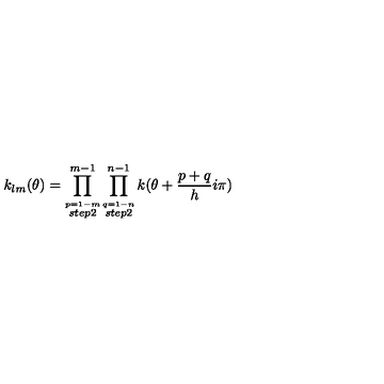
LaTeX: k _ { l m } ( \theta ) = \prod _ { \stackrel { p = 1 - m } { s t e p 2 } } ^ { m - 1 } \prod _ { \stackrel { q = 1 - n } { s t e p 2 } } ^ { n - 1 } k ( \theta + { \frac { p + q } { h } } i \pi )